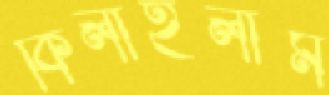
কিলাইলাম